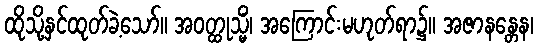
ထိုသို့နှင်ထုတ်ခဲ့သော်။ အဝတ္ထုသ္မိံ၊ အကြောင်းမဟုတ်ရာ၌။ အဇာနန္တေန၊